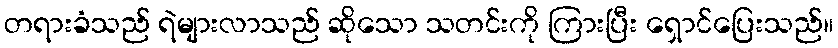
တရားခံသည် ရဲများလာသည် ဆိုသော သတင်းကို ကြားပြီး ရှောင်ပြေးသည်။